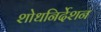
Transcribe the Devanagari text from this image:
शोधनिर्देशन